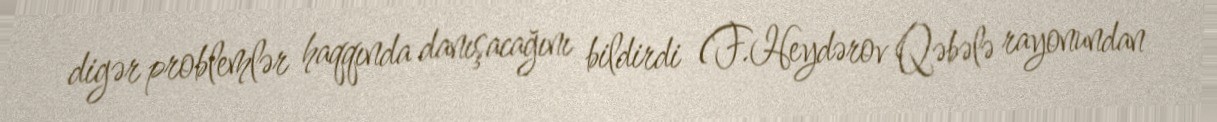
digər problemlər haqqında danışacağını bildirdi (F.Heydərov Qəbələ rayonundan